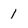
Character: 1